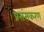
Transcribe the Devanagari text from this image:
प्रसंसकरण